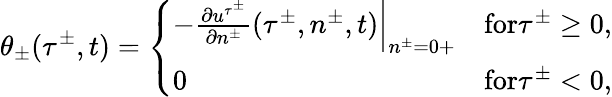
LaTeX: \theta_{\pm}(\tau^{\pm},t)=\left\{ \begin{array}{ll}{-\left.\frac{\partial u^{\tau^{\pm}}}{\partial n^{\pm}}(\tau^{\pm},n^{\pm},t)\right|_{n^{\pm}=0+}}&{\textrm{for}\tau^{\pm}\geq 0,}\\ {0}&{\textrm{for}\tau^{\pm}<0,}\end{array}\right.